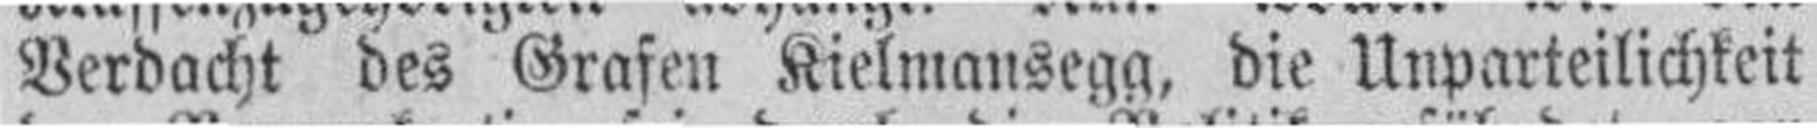
Verdacht des Grafen Kielmansegg, die Unparteilichkeit